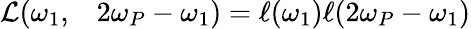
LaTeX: \begin{array}{rl}{\mathcal{L}(\omega_{1},}&{{}2\omega_{P}-\omega_{1})=\ell(\omega_{1})\ell(2\omega_{P}-\omega_{1})}\end{array}